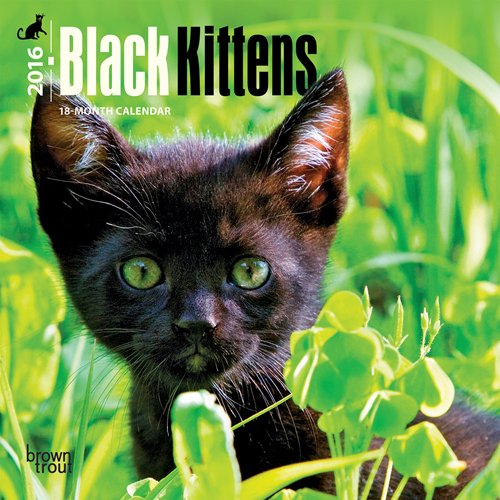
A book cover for Black Kittens 2016 Mini 7x7; Browntrout Publishers; Calendars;